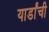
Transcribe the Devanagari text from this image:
यार्डांची